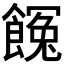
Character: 𩝸